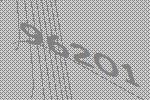
96201